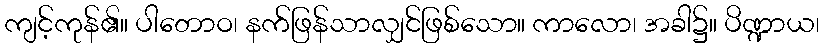
ကျင့်ကုန်၏။ ပါတောဝ၊ နက်ဖြန်သာလျှင်ဖြစ်သော။ ကာလော၊ အခါ၌။ ပိဏ္ဍာယ၊